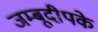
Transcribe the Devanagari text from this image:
जम्बूदीपके